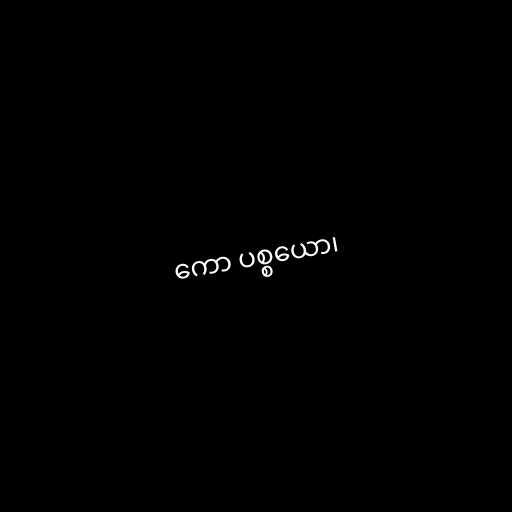
ကော ပစ္စယော၊